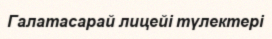
Галатасарай лицейі түлектері